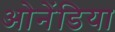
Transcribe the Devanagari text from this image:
ओनेंडिया